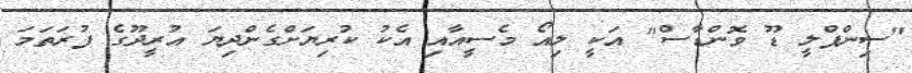
"ސިންޕްލީ ޑޫ ވޮންޑާސް" އަކީ ލިއޯ މެސީއާއި އެކު ކުރިޔަށްގެންދިޔަ އުރީދޫގެ ފުރަތަމަ